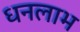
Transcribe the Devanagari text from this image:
धनलाभ